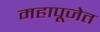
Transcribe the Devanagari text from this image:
महापूजेत